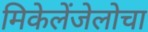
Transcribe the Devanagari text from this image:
मिकेलेंजेलोचा